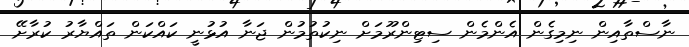
ނާސްތާއިން ނިމިގެން އެންމެން ސިޓިންރޫމަށް ނިކުތުމުން ޖަނާ އުޅުނީ ކައްކަން ތައްޔާރު ކުރާށޭ